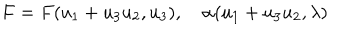
F = F ( u _ { 1 } + u _ { 3 } u _ { 2 } , u _ { 3 } ) , \quad \alpha ( u _ { 1 } + u _ { 3 } u _ { 2 } , \lambda )